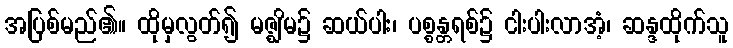
အပြစ်မည်၏။ ထိုမှလွတ်၍ မဇ္ဈိမ၌ ဆယ်ပါး၊ ပစ္စန္တရစ်၌ ငါးပါးလာအံ့၊ ဆန္ဒထိုက်သူ